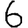
Digit: 6